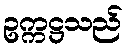
ဥက္ကဋ္ဌသည်